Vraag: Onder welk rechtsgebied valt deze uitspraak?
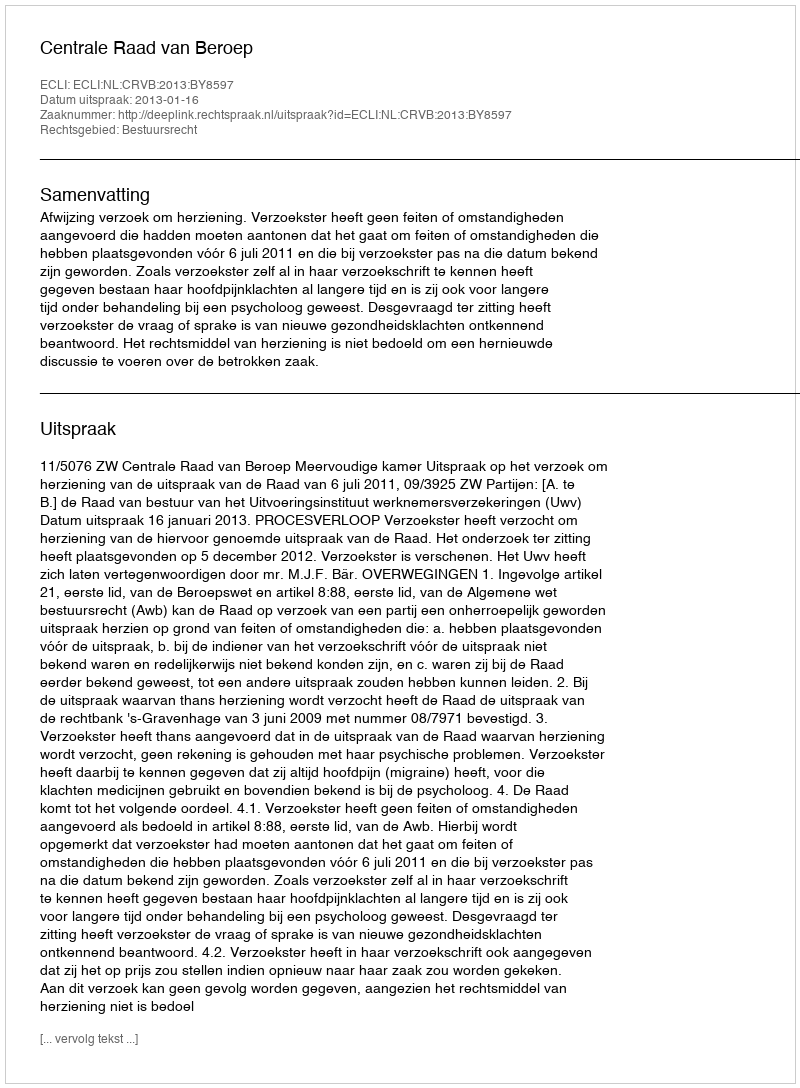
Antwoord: Bestuursrecht